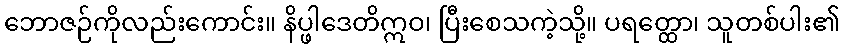
ဘောဇဉ်ကိုလည်းကောင်း။ နိပ္ဖါဒေတိဣဝ၊ ပြီးစေသကဲ့သို့။ ပရတ္ထော၊ သူတစ်ပါး၏